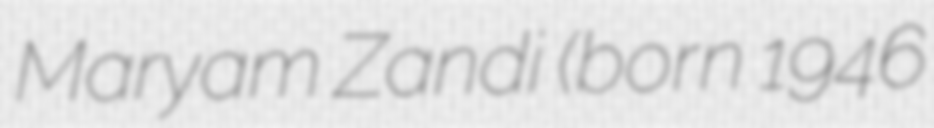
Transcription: Maryam Zandi (born 1946